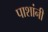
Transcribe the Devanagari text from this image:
पाशांनी